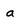
Character: a